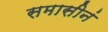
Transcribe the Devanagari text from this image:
समासीनं